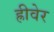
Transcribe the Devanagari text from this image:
ह्रीवेर